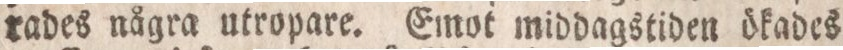
rades några utropare. Emot middagstiden ökades